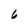
Character: 6